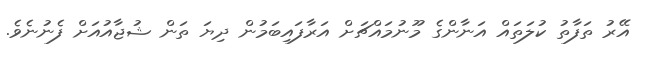
އޭރު ތަފާތު ކުލަތައް އަނާންގެ މޫނުމައްޗަށް އަރާފައިބަމުން ދިޔަ ތަން ޝުޖާއުއަށް ފެނުނެވެ.